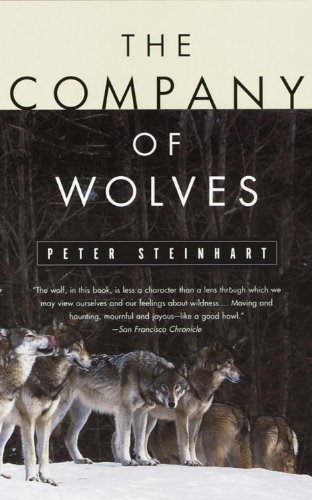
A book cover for The Company of Wolves; Peter Steinhart; Sports & Outdoors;